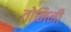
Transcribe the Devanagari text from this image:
तोमिनी